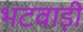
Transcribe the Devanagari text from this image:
भटवाड़ी